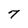
Character: 7